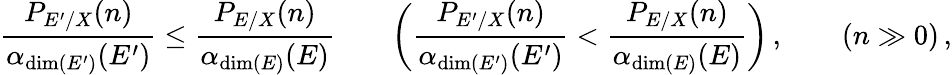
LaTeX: \frac{P_{{E}^{\prime}/X}(n)}{\alpha_{\dim({E}^{\prime})}({E}^{\prime})}\le\frac{P_{{E}/X}(n)}{\alpha_{\dim({E})}({E})}\quad\quad\left(\frac{P_{{E}^{\prime}/X}(n)}{\alpha_{\dim({E}^{\prime})}({E}^{\prime})}<\frac{P_{{E}/X}(n)}{\alpha_{\dim({E})}({E})}\right)\, ,\qquad(n\gg 0)\, ,